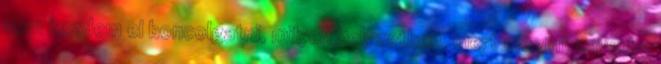
nem kezdem el boncolgatni, milyen helyzetben, mert megint zavarba